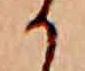
か